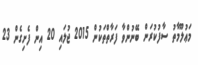
މަޢުލޫމާތު ސާފުކުރަން ބޭނުންވާ ފަރާތްތަކުން 2015 ޖުލައި 20 އިން ފެށިގެން 23